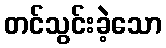
တင်သွင်းခဲ့သော